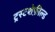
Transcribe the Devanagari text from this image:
ट्रस्टशेफ़ील्ड